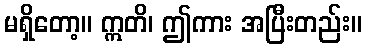
မရှိတော့။ ဣတိ၊ ဤကား အပြီးတည်း။